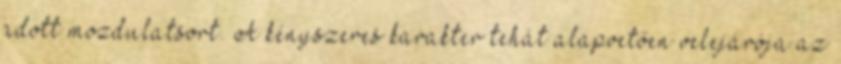
adott mozdulatsort. A kényszeres karakter tehát alapvetően velejárója az